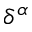
\delta ^ { \alpha }